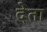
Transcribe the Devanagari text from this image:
देेता